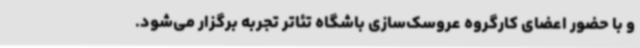
و با حضور اعضای کارگروه عروسک‌سازی باشگاه تئاتر تجربه برگزار می‌شود.